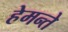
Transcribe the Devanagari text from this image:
हेमन्ते